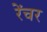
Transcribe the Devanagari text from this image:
रेंचर